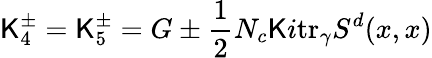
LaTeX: \mathsf{K}_{4}^{\pm}=\mathsf{K}_{5}^{\pm}=G\pm\frac{{1}}{{2}}N_{c}\mathsf{K}i\mathrm{{tr}}_{\gamma}S^{d}(x,x)